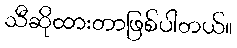
သီဆိုထားတာဖြစ်ပါတယ်။